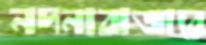
নদনাবাজারে